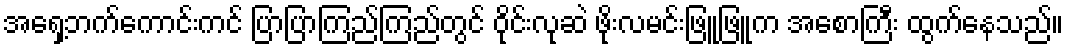
အရှေ့ဘက်ကောင်းကင် ပြာပြာကြည်ကြည်တွင် ဝိုင်းလုဆဲ ဖိုးလမင်းဖြူဖြူက အစောကြီး ထွက်နေသည်။